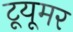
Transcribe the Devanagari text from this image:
टूयूमर